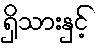
ရှိသားနှင့်